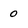
Character: 0